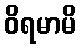
ဝိရမာမိ